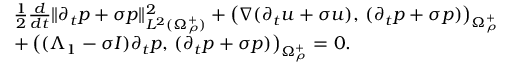
\begin{array} { r } { \begin{array} { r l } & { \frac { 1 } { 2 } \frac { d } { d t } \| \partial _ { t } p + \sigma p \| _ { L ^ { 2 } ( \Omega _ { \rho } ^ { + } ) } ^ { 2 } + \left( \nabla ( \partial _ { t } u + \sigma u ) , \, ( \partial _ { t } p + \sigma p ) \right) _ { \Omega _ { \rho } ^ { + } } } \\ & { + \left( ( \Lambda _ { 1 } - \sigma I ) \partial _ { t } p , \, ( \partial _ { t } p + \sigma p ) \right) _ { \Omega _ { \rho } ^ { + } } = 0 . } \end{array} } \end{array}